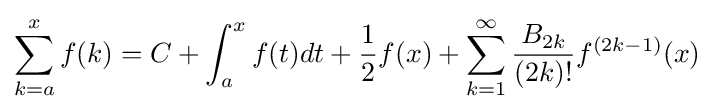
\sum _{k=a}^{x}f(k)=C+\int _{a}^{x}f(t)dt+{\frac {1}{2}}f(x)+\sum _{k=1}^{\infty }{\frac {B_{2k}}{(2k)!}}f^{(2k-1)}(x)